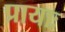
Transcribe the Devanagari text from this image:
प्रायाः